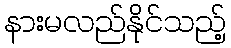
နားမလည်နိုင်သည့်